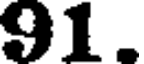
91.